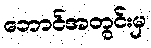
ဘောင်အတွင်းမှ